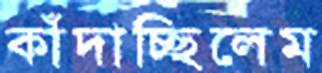
কাঁদাচ্ছিলেম